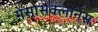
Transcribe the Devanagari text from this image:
मेंसोसैक्लोनेस